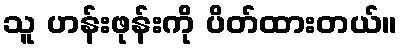
သူ ဟန်းဖုန်းကို ပိတ်ထားတယ်။